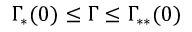
\Gamma _ { \ast } ( 0 ) \leq \Gamma \leq \Gamma _ { \ast \ast } ( 0 )